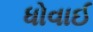
ધોવાઈ